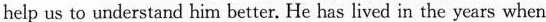
help us to understand him better. He has lived in the years when